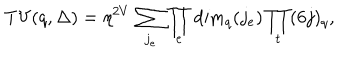
LaTeX: \mathrm { T V } ( q , \Delta ) = \eta ^ { 2 V } \, \sum _ { j _ { e } } \prod _ { e } \mathrm { d i m } _ { q } ( j _ { e } ) \prod _ { t } ( 6 j ) _ { q } ,